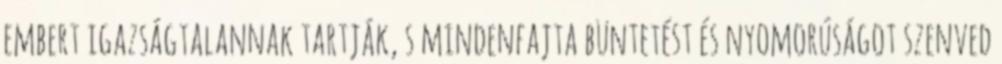
embert igazságtalannak tartják, s mindenfajta büntetést és nyomorúságot szenved